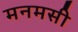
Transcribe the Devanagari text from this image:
मनमसी